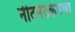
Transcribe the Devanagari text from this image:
नीटनेटकेपणा